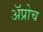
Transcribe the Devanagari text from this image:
अॅप्रोच